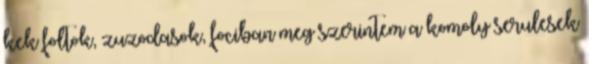
kek foltok, zuzodasok, fociban meg szerintem a komoly serulesek